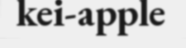
kei-apple